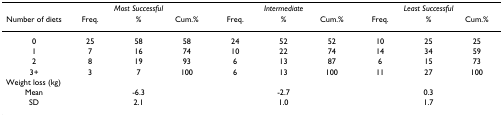
|  | <COLSPAN=3> Most Successful | <COLSPAN=3> Intermediate | <COLSPAN=3> Least Successful |
 | Number of diets | Freq. | % | Cum.% | Freq. | % | Cum.% | Freq. | % | Cum.% |
 | --- | --- | --- | --- | --- | --- | --- | --- | --- | --- |
 | 0 | 25 | 58 | 58 | 24 | 52 | 52 | 10 | 25 | 25 |
 | 1 | 7 | 16 | 74 | 10 | 22 | 74 | 14 | 34 | 59 |
 | 2 | 8 | 19 | 93 | 6 | 13 | 87 | 6 | 15 | 73 |
 | 3+ | 3 | 7 | 100 | 6 | 13 | 100 | 11 | 27 | 100 |
 | <COLSPAN=10> Weight loss (kg) |
 | Mean |  | -6.3 |  |  | -2.7 |  |  | 0.3 |  |
 | SD |  | 2.1 |  |  | 1.0 |  |  | 1.7 |  |